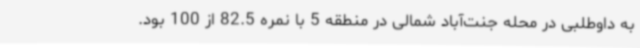
به داوطلبی در محله جنت‌آباد شمالی در منطقه 5 با نمره 82.5 از 100 بود.